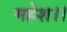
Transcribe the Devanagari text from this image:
महेश।।